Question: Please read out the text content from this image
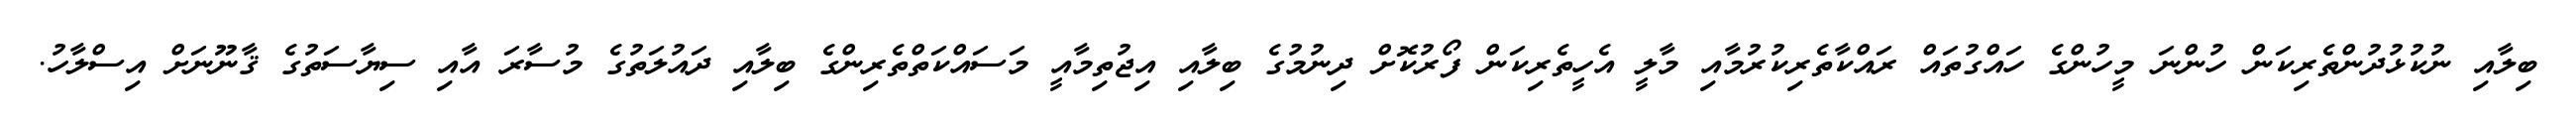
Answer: ބިލާއި ނުކުޅުދުންތެރިކަން ހުންނަ މީހުންގެ ހައްގުތައް ރައްކާތެރިކުރުމާއި މާލީ އެހީތެރިކަން ފޯރުކޮށް ދިނުމުގެ ބިލާއި އިޖުތިމާއީ މަސައްކަތްތެރިންގެ ބިލާއި ދައުލަތުގެ މުސާރަ އާއި ސިޔާސަތުގެ ޤާނޫނަށް އިސްލާހު.